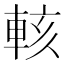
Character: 輆